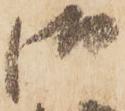
御